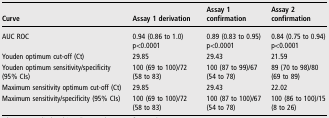
<table><thead><tr><td><b>Curve</b></td><td><b>Assay 1 derivation</b></td><td><b>Assay 1 confirmation</b></td><td><b>Assay 2 confirmation</b></td></tr></thead><tbody><tr><td>AUC ROC</td><td>0.94 (0.86 to 1.0)p&lt;0.0001</td><td>0.89 (0.83 to 0.95)p&lt;0.0001</td><td>0.84 (0.75 to 0.94)p&lt;0.0001</td></tr><tr><td>Youden optimum cut-off (Ct)</td><td>29.85</td><td>29.43</td><td>21.59</td></tr><tr><td>Youden optimum sensitivity/specificity (95% CIs)</td><td>100 (69 to 100)/72 (58 to 83)</td><td>100 (87 to 99)/67 (54 to 78)</td><td>89 (70 to 98)/80 (69 to 89)</td></tr><tr><td>Maximum sensitivity optimum cut-off (Ct)</td><td>29.85</td><td>29.43</td><td>22.02</td></tr><tr><td>Maximum sensitivity/specificity (95% CIs)</td><td>100 (69 to 100)/72 (58 to 83)</td><td>100 (87 to 100)/67 (54 to 78)</td><td>100 (86 to 100)/15 (8 to 26)</td></tr></tbody></table>